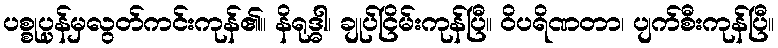
ပစ္စုပ္ပန်မှလွတ်ကင်းကုန်၏။ နိရုဒ္ဓါ၊ ချုပ်ငြိမ်းကုန်ပြီ။ ဝိပရိဏတာ၊ ပျက်စီးကုန်ပြီ။